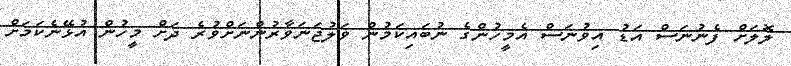
ލޮލަށް ފެނުނަސް އަޑު އިވުނަސް އެމީހުންގެ ނުބައިކަމުން ވަލުޖަނަވާރުންނަށްވުރެ ދަށް މީހުން އުޅޭނެކަމަށް